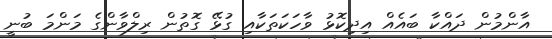
އާންމުން ދައްކާ ބައެއް އިދިކޮޅު ވާހަކަތަކާއި ގުޅޭ ގޮތުން ރިލްވާންގެ މަންމަ ބުނީ